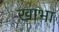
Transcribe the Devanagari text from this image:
खाभा